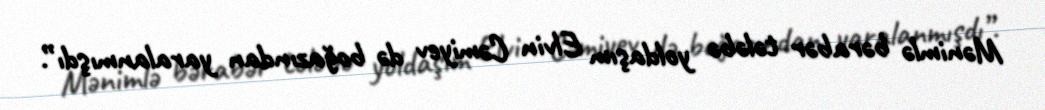
Mənimlə bərabər tələbə yoldaşım Elvin Cəmiyev də boğazından yaralanmışdı”.